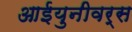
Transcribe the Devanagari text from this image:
आईयुनीवर्स